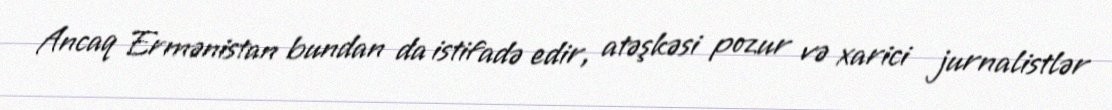
Ancaq Ermənistan bundan da istifadə edir, atəşkəsi pozur və xarici jurnalistlər